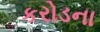
કરોડના